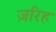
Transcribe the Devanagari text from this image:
ज़रिह